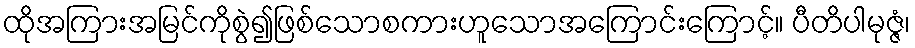
ထိုအကြားအမြင်ကိုစွဲ၍ဖြစ်သောစကားဟူသောအကြောင်းကြောင့်။ ပီတိပါမုဇ္ဇံ၊